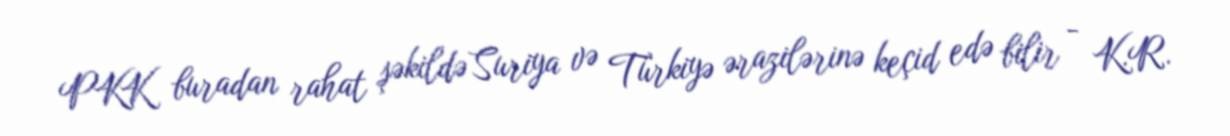
PKK buradan rahat şəkildə Suriya və Türkiyə ərazilərinə keçid edə bilir - K.R.